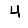
Digit: 4